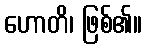
ဟောတိ၊ ဖြစ်၏။